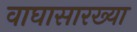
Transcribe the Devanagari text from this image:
वाघासारख्या